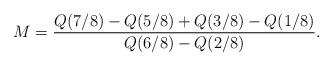
LaTeX: \begin{align*}M=\frac{Q(7/8)-Q(5/8)+Q(3/8)-Q(1/8)}{Q(6/8)-Q(2/8)}.\end{align*}